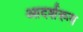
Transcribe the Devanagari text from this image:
आदर्शरूप